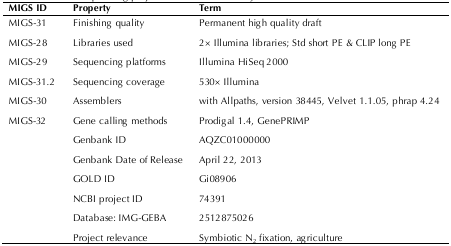
<table><thead><tr><td><b>MIGS ID</b></td><td><b>Property</b></td><td><b>Term</b></td></tr></thead><tbody><tr><td>MIGS-31</td><td>Finishing quality</td><td>Permanent high quality draft</td></tr><tr><td>MIGS-28</td><td>Libraries used</td><td>2× Illumina libraries; Std short PE &amp; CLIP long PE</td></tr><tr><td>MIGS-29</td><td>Sequencing platforms</td><td>Illumina HiSeq 2000</td></tr><tr><td>MIGS-31.2</td><td>Sequencing coverage</td><td>530× Illumina</td></tr><tr><td>MIGS-30</td><td>Assemblers</td><td>with Allpaths, version 38445, Velvet 1.1.05, phrap 4.24</td></tr><tr><td>MIGS-32</td><td>Gene calling methods</td><td>Prodigal 1.4, GenePRIMP</td></tr><tr><td></td><td>Genbank ID</td><td>AQZC01000000</td></tr><tr><td></td><td>Genbank Date of Release</td><td>April 22, 2013</td></tr><tr><td></td><td>GOLD ID</td><td>Gi08906</td></tr><tr><td></td><td>NCBI project ID</td><td>74391</td></tr><tr><td></td><td>Database: IMG-GEBA</td><td>2512875026</td></tr><tr><td></td><td>Project relevance</td><td>Symbiotic N<sub>2</sub> fixation, agriculture</td></tr></tbody></table>